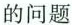
的问题